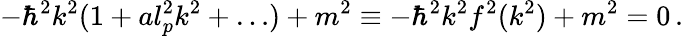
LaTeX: -\hbar^{2}k^{2}(1+al_{p}^{2}k^{2}+\dots)+m^{2}\equiv-\hbar^{2}k^{2}f^{2}(k^{2})+m^{2}=0\, .